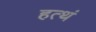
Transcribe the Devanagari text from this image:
हत्थं